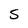
Character: S